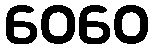
ဝေဝေ